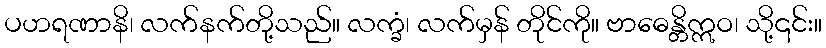
ပဟရဏာနိ၊ လက်နက်တို့သည်။ လက္ခံ၊ လက်မှန် တိုင်ကို။ ဗာဓေန္တိဣဝ၊ သို့၎င်း။